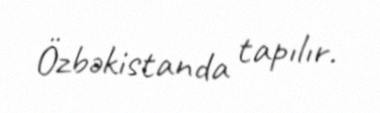
Özbəkistanda tapılır.